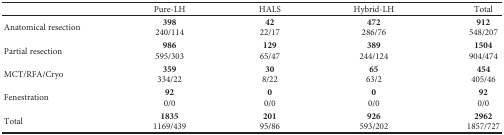
|  | Pure-LH | HALS | Hybrid-LH | Total |
 | --- | --- | --- | --- | --- |
 | Anatomical resection | 398240/114 | 4222/17 | 472286/76 | 912548/207 |
 | Partial resection | 986595/303 | 12965/47 | 389244/124 | 1504904/474 |
 | MCT/RFA/Cryo | 359334/22 | 308/22 | 6563/2 | 454405/46 |
 | Fenestration | 920/0 | 00/0 | 00/0 | 920/0 |
 | Total | 18351169/439 | 20195/86 | 926593/202 | 29621857/727 |